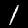
Digit: 1